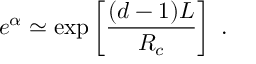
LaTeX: e ^ { \alpha } \simeq \exp \left[ \frac { ( d - 1 ) L } { R _ { c } } \right] \ .